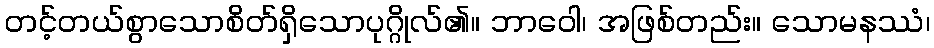
တင့်တယ်စွာသောစိတ်ရှိသောပုဂ္ဂိုလ်၏။ ဘာဝေါ၊ အဖြစ်တည်း။ သောမနဿံ၊